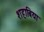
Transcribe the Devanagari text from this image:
शहाबिया